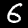
Digit: 6